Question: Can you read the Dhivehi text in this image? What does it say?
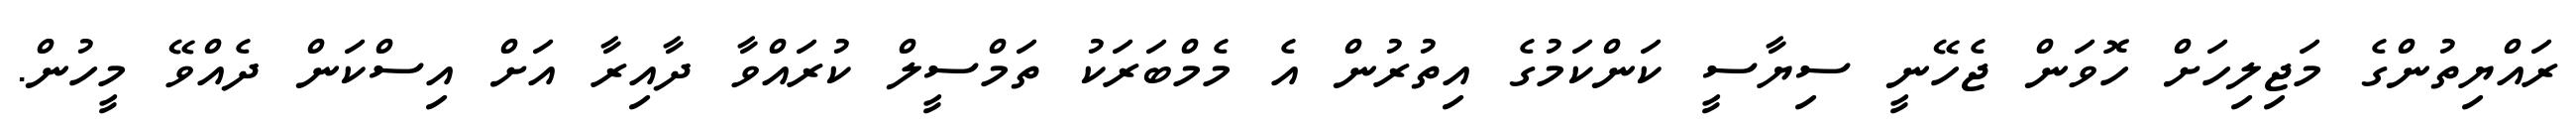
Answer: ރައްޔިތުންގެ މަޖިލިހަށް ހޮވަން ޖެހޭނީ ސިޔާސީ ކަންކަމުގެ އިތުރުން އެ މެމްބަރަކު ތަމްސީލް ކުރައްވާ ދާއިރާ އަށް އިސްކަން ދެއްވޭ މީހުން.